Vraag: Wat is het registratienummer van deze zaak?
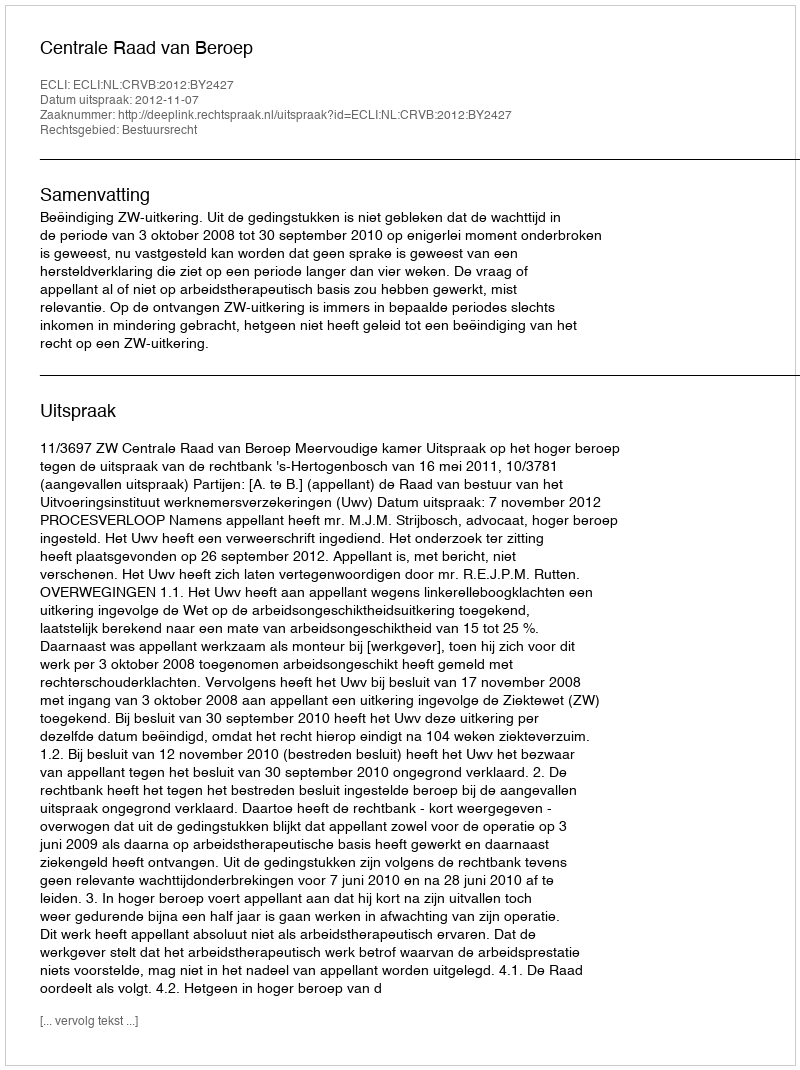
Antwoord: http://deeplink.rechtspraak.nl/uitspraak?id=ECLI:NL:CRVB:2012:BY2427